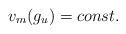
LaTeX: \begin{align*}v_m(g_u) = const.\end{align*}